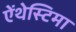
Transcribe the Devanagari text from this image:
ऐंथेस्टिमा